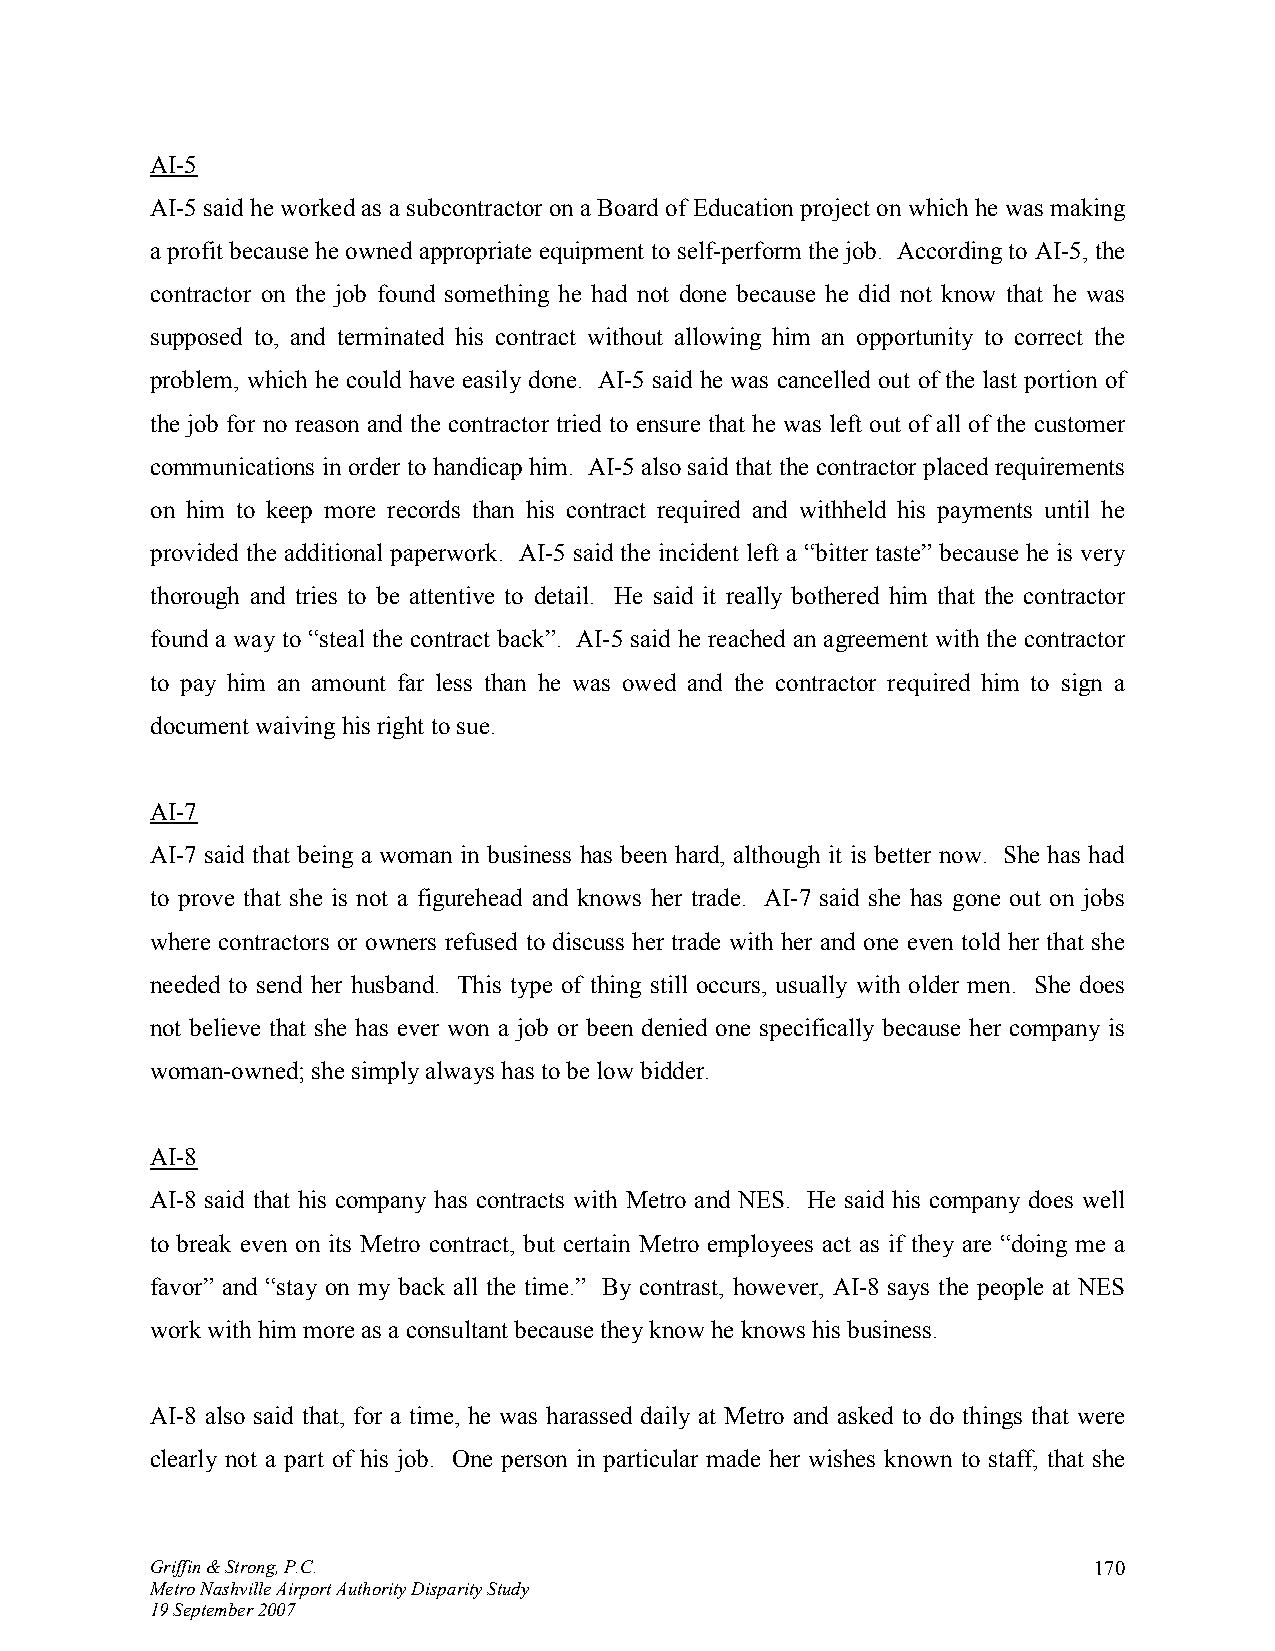
AI-5
 AI-5 said he worked as a subcontractor on a Board of Education project on which he was making
 a profit because he owned appropriate equipment to self-perform the job. According to AI-5, the
 contractor on the job found something he had not done because he did not know that he was
 supposed to, and terminated his contract without allowing him an opportunity to correct the
 problem, which he could have easily done. AI-5 said he was cancelled out of the last portion of
 the job for no reason and the contractor tried to ensure that he was left out of all of the customer
 communications in order to handicap him. AI-5 also said that the contractor placed requirements
 on him to keep more records than his contract required and withheld his payments until he
 provided the additional paperwork. AI-5 said the incident left a “bitter taste” because he is very
 thorough and tries to be attentive to detail. He said it really bothered him that the contractor
 found a way to “steal the contract back”. AI-5 said he reached an agreement with the contractor
 to pay him an amount far less than he was owed and the contractor required him to sign a
 document waiving his right to sue.
 AI-7
 AI-7 said that being a woman in business has been hard, although it is better now. She has had
 to prove that she is not a figurehead and knows her trade. AI-7 said she has gone out on jobs
 where contractors or owners refused to discuss her trade with her and one even told her that she
 needed to send her husband. This type of thing still occurs, usually with older men. She does
 not believe that she has ever won a job or been denied one specifically because her company is
 woman-owned; she simply always has to be low bidder.
 AI-8
 AI-8 said that his company has contracts with Metro and NES. He said his company does well
 to break even on its Metro contract, but certain Metro employees act as if they are “doing me a
 favor” and “stay on my back all the time.” By contrast, however, AI-8 says the people at NES
 work with him more as a consultant because they know he knows his business.
 AI-8 also said that, for a time, he was harassed daily at Metro and asked to do things that were
 clearly not a part of his job. One person in particular made her wishes known to staff, that she
 Griffin & Strong, P.C.                                        170
 Metro Nashville Airport Authority Disparity Study
 19 September 2007